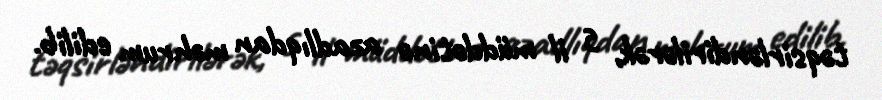
təqsirləndirilərək, 5 il müddətinə azadlıqdan məhrum edilib.